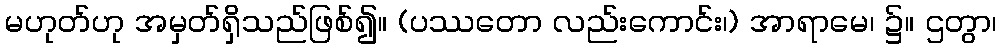
မဟုတ်ဟု အမှတ်ရှိသည်ဖြစ်၍။ (ပဿတော လည်းကောင်း၊) အာရာမေ၊ ၌။ ဌတွာ၊